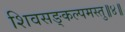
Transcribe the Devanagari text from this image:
शिवसङ्कल्पमस्तु॥४॥